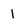
Character: 1